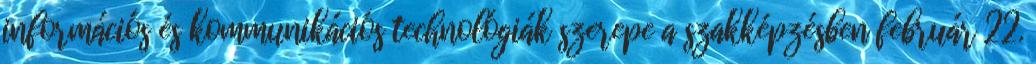
információs és kommunikációs technológiák szerepe a szakképzésben február 22.